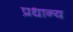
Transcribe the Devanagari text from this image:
प्रधान्य